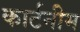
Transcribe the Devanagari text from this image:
कार्टनीम